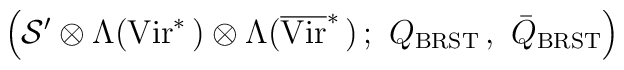
\left( {\mathcal S}' \otimes \Lambda ( {\rm Vir}^*\,) \otimes  \Lambda (\overline{\rm Vir}^*\,)\,; \ Q_{\rm BRST}\, , \  \bar{Q}_{\rm BRST}\right)